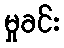
မှုခင်း